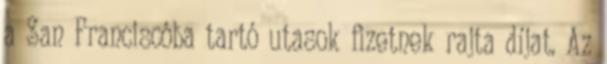
a San Franciscóba tartó utasok fizetnek rajta díjat. Az